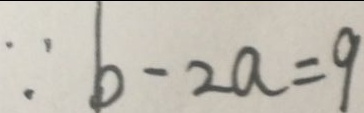
\because b - 2 a = 9